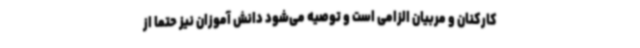
کارکنان و مربیان الزامی است و توصیه می‌شود دانش آموزان نیز حتما از